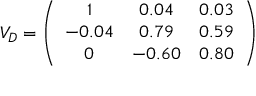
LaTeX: V _ { D } = \left( \begin{array} { c c c } { { 1 } } & { { 0 . 0 4 } } & { { 0 . 0 3 } } \\ { { - 0 . 0 4 } } & { { 0 . 7 9 } } & { { 0 . 5 9 } } \\ { { 0 } } & { { - 0 . 6 0 } } & { { 0 . 8 0 } } \end{array} \right)